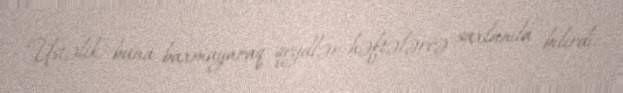
Üstəlik, buna baxmayaraq qeydlər həftələrcə saxlanıla bilirdi.